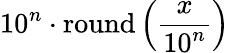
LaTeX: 10^{n}\cdot\operatorname{round}\left({\frac{x}{10^{n}}}\right)